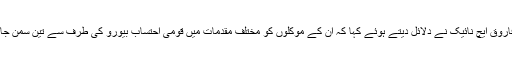
ملزمان کے وکیل فاروق ایچ نائیک نے دلائل دیتے ہوئے کہا کہ ان کے موکلوں کو مختلف مقدمات میں قومی احتساب بیورو کی طرف سے تین سمن جاری کیے گئے ہیں۔